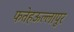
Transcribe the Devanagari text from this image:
फतेहऊल्लापुर